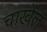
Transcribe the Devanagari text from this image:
चाखेल